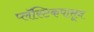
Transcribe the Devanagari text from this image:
प्लॅस्टिकपासून